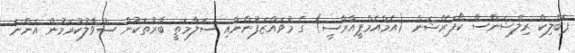
ޕަބްލިކް ރިލޭޝަންސް ކޯޕަރޭޝަން (އެމްއެމްޕީއާރްސީ) ގެ މުވައްޒަފުންނާއި ސަލާމަތީ ބާރުތަކުން ސުވާލުކުރަމުން އަންނަ